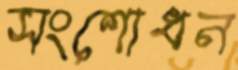
সংশোধন